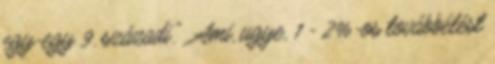
egy-egy 9. századi." Ami, ugye, 1 - 2%-os továbbélést